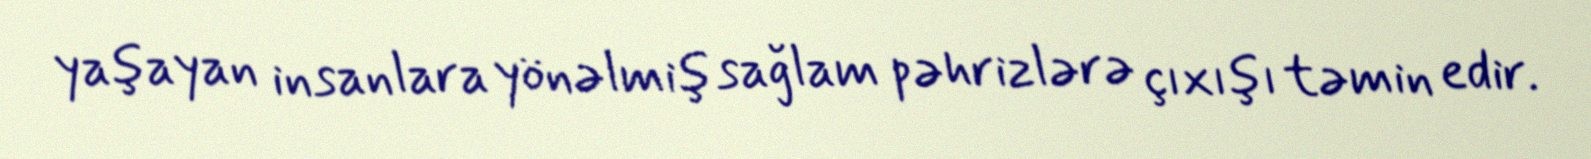
yaşayan insanlara yönəlmiş sağlam pəhrizlərə çıxışı təmin edir.